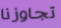
تجاوزنا